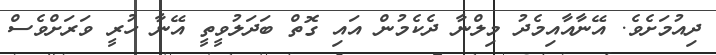
ދިއުމަށެވެ. އޭނާއާއިމެދު މިލްނާ ދެކެމުން އައި ގޮތް ބަދަލުވީތީ އޭނާ ހުރީ ވަރަށްވެސް